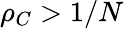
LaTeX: \rho_{C}>1/N